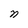
Character: n